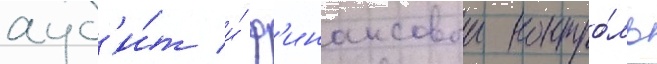
ауд'и́т и́ ф'инансовыи контро́ль